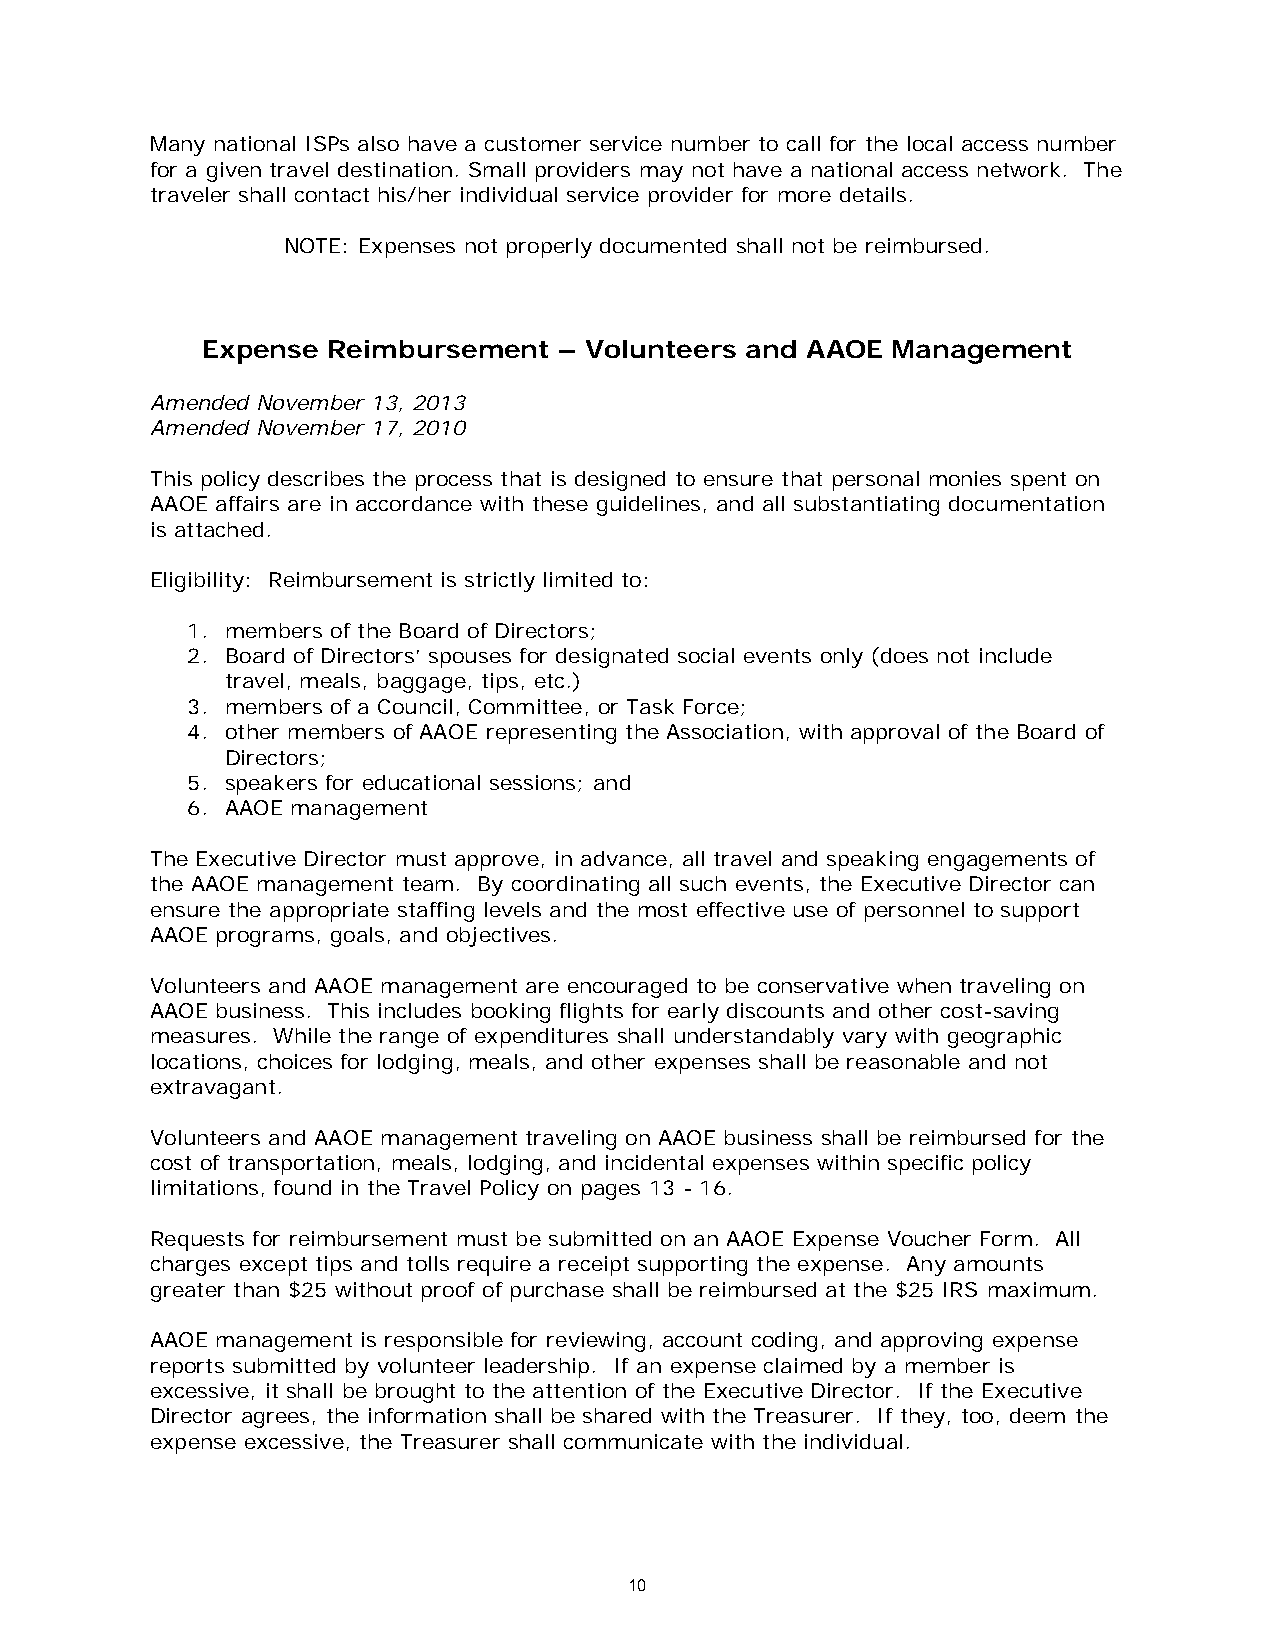
Many national ISPs also have a customer service number to call for the local access number
 for a given travel destination. Small providers may not have a national access network. The
 traveler shall contact his/her individual service provider for more details.
 NOTE: Expenses not properly documented shall not be reimbursed.
 Expense  Reimbursement  – Volunteers and AAOE Management
 Amended November 13, 2013
 Amended November 17, 2010
 This policy describes the process that is designed to ensure that personal monies spent on
 AAOE affairs are in accordance with these guidelines, and all substantiating documentation
 is attached.
 Eligibility: Reimbursement is strictly limited to:
 1. members of the Board of Directors;
 2. Board of Directors’ spouses for designated social events only (does not include
 travel, meals, baggage, tips, etc.)
 3. members of a Council, Committee, or Task Force;
 4. other members of AAOE representing the Association, with approval of the Board of
 Directors;
 5. speakers for educational sessions; and
 6. AAOE management
 The Executive Director must approve, in advance, all travel and speaking engagements of
 the AAOE management team. By coordinating all such events, the Executive Director can
 ensure the appropriate staffing levels and the most effective use of personnel to support
 AAOE programs, goals, and objectives.
 Volunteers and AAOE management are encouraged to be conservative when traveling on
 AAOE business. This includes booking flights for early discounts and other cost-saving
 measures. While the range of expenditures shall understandably vary with geographic
 locations, choices for lodging, meals, and other expenses shall be reasonable and not
 extravagant.
 Volunteers and AAOE management traveling on AAOE business shall be reimbursed for the
 cost of transportation, meals, lodging, and incidental expenses within specific policy
 limitations, found in the Travel Policy on pages 13 - 16.
 Requests for reimbursement must be submitted on an AAOE Expense Voucher Form. All
 charges except tips and tolls require a receipt supporting the expense. Any amounts
 greater than $25 without proof of purchase shall be reimbursed at the $25 IRS maximum.
 AAOE management is responsible for reviewing, account coding, and approving expense
 reports submitted by volunteer leadership. If an expense claimed by a member is
 excessive, it shall be brought to the attention of the Executive Director. If the Executive
 Director agrees, the information shall be shared with the Treasurer. If they, too, deem the
 expense excessive, the Treasurer shall communicate with the individual.
 10